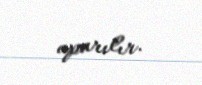
aparılır.